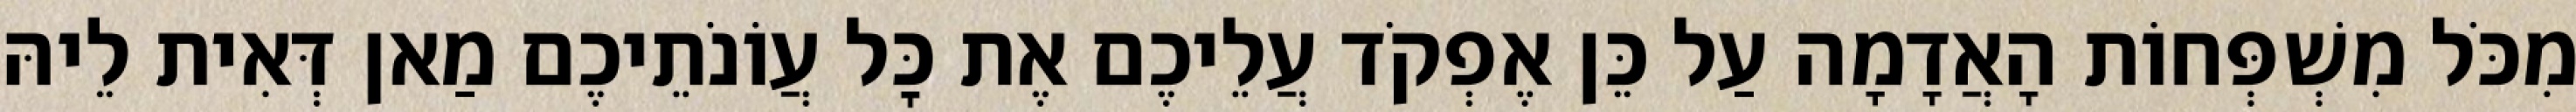
מִכֹּל מִשְׁפְּחוֹת הָאֲדָמָה עַל כֵּן אֶפְקֹד עֲלֵיכֶם אֶת כׇּל עֲוֹנֹתֵיכֶם מַאן דְּאִית לֵיהּ